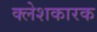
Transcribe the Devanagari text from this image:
क्लेशकारक